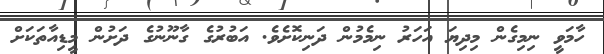
ހާމަވީ ނިމިގެން މިދިޔަ އަހަރު ނިމެމުން ދަނިކޮށެވެ. އަބުރުގެ ގާނޫނުގެ ދަށުން މީޑިއާތަކަށް